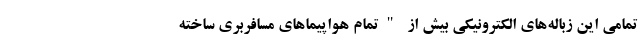
تمامی این زباله‌های الکترونیکی بیش از "تمام هواپیماهای مسافربری ساخته